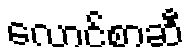
လောင်စာဆီ